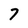
Character: 7